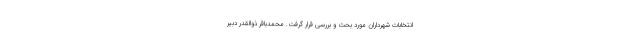
انتخابات شهرداران مورد بحث و بررسی قرار گرفت. محمدباقر ذوالقدر دبیر